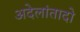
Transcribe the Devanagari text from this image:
अदेलांतादो